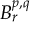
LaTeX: B _ { r } ^ { p , q }